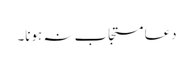
دعا مستجاب نہ ہونا۔